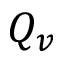
Q _ { v }